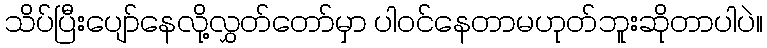
သိပ်ပြီးပျော်နေလို့လွှတ်တော်မှာ ပါဝင်နေတာမဟုတ်ဘူးဆိုတာပါပဲ။